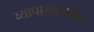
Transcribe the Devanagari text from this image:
व्यापारमार्गांवर